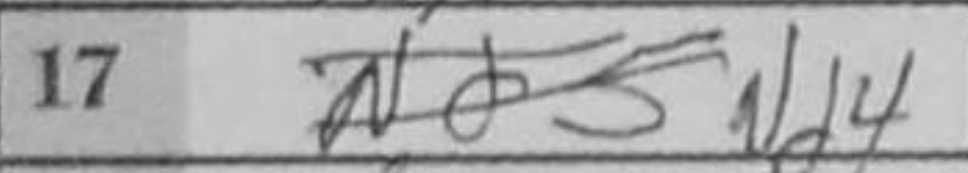
Transcription: Nd4